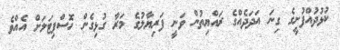
ކުޅުދުއްފުށީގެ ގިނަ އަދަދެއްގެ ރައްޔިތުން ވަނީ ފަރިޔާލުގެ މަރާ ގުޅިގެން ހޮސްޕިޓަލަށް އެއްވެ